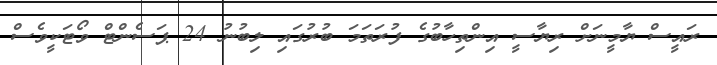
ރައީސް ޔާމީނަށް ރިޔާސީ އިންތިހާބުގެ ފުރަތަމަ ބުރުގައި ލިބުނު 24 ޕަސެންޓް ވޯޓަކީވެސް